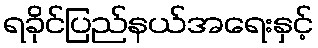
ရခိုင်ပြည်နယ်အရေးနှင့်